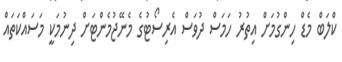
ކްލަބް މެޑް ހިންގުމަށް އިތުރު ހަމަސް ދުވަސް އެރިސޯޓުގެ މެނޭޖުމެންޓަށް ދިނުމަކީ މަސައްކަތައް